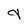
Character: 9